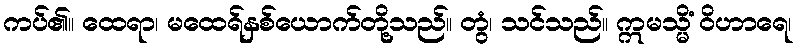
ကပ်၏။ ထေရာ၊ မထေရ်နှစ်ယောက်တို့သည်။ တွံ၊ သင်သည်။ ဣမသ္မိံ ဝိဟာရေ၊